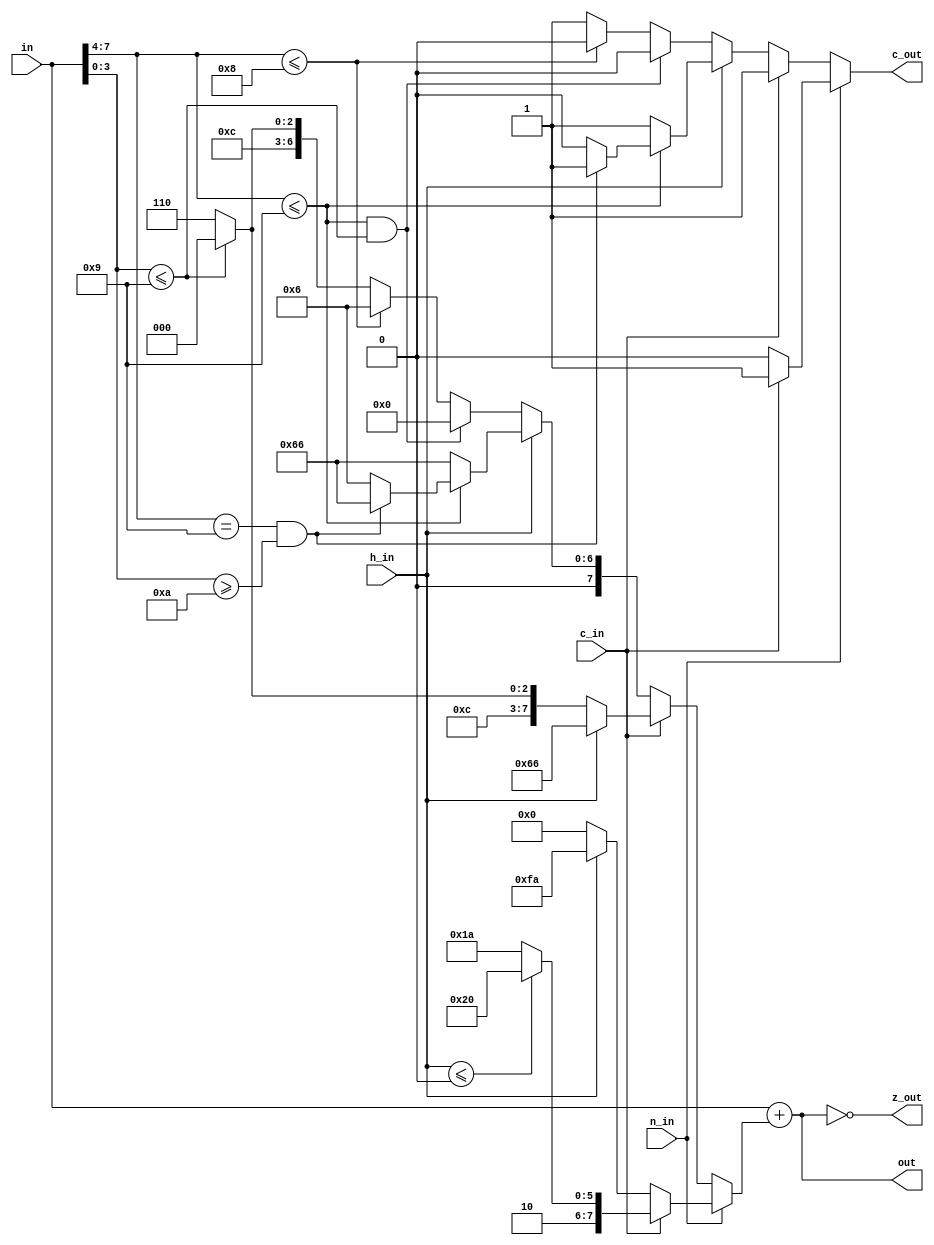
`timescale 1ns / 1ns

module daa_mod(
    input [7:0] in,
    input c_in,
    input h_in,
    input n_in,

    output [7:0]out,
    output c_out,
    output z_out
    );

    reg [7:0]add_num;
    reg c_out_reg;

    assign out = in + add_num;

    assign z_out = out == 'd0;
    assign c_out = c_out_reg;

    always @(*)
    begin

        if (n_in == 0)
        begin

            if (c_in == 'd0)
            begin
                if (h_in == 'd0)
                begin
                    
                    if (in[7:4] <= 'h9 &&
                        in[3:0] <= 'h9)
                    begin
                        add_num = 'h00;
                        c_out_reg = 'd0;
                    end else if (in[7:4] <= 'h8)
                    begin
                        add_num = 'h06;
                        c_out_reg = 'd0;
                    end else if (in[3:0] <= 'h9)
                    begin
                        add_num = 'h60;
                        c_out_reg = 'd1;
                    end else
                    begin
                        add_num = 'h66;
                        c_out_reg = 'd1;
                    end
                                 

                end else begin

                    if (in[7:4] <= 'h9)
                    begin
                        if (in[7:4] == 'h9 &&
                            in[3:0] >= 'hA)
                        begin
                            add_num = 'h66;
                            c_out_reg = 'd1;
                        end else begin
                            add_num = 'h06;
                            c_out_reg = 'd0;
                        end
                    end else begin
                        add_num = 'h66;
                        c_out_reg = 'd1;
                    end
                end
            end else begin
                c_out_reg = 'd1;

                if (h_in == 'd0)
                begin

                    if (in[3:0] <= 'h9)
                    begin
                        add_num = 'h60;
                    end else begin
                        add_num = 'h66;
                    end
                end else begin
                    add_num = 'h66;
                end
            end
        end else begin

            if (c_in == 'd0)
            begin

                if (h_in == 'd0)
                begin
                    add_num = 'd0;
                    c_out_reg = 'd0;
                end else begin
                    add_num = 'hFA;
                    c_out_reg = 'd0;
                end
            end else begin

                if (h_in <= 'd0)
                begin
                    add_num = 'hA0;
                    c_out_reg = 'd1;
                end else begin
                    add_num = 'h9A;
                    c_out_reg = 'd1;
                end
            end
        end
    end

endmodule